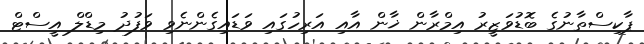
ޕާކިސްތާނުގެ ބޮޑުވަޒީރު އިމްރާން ޚާން އާއި އަރިހުގައި ވަޑައިގެންނެވި ވަފުދު މިޑްލް އީސްޓް